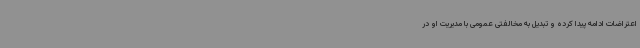
اعتراضات ادامه پیدا کرده و تبدیل به مخالفتی عمومی با مدیریت او در